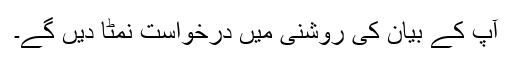
آپ کے بیان کی روشنی میں درخواست نمٹا دیں گے۔